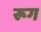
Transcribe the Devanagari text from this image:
रूग